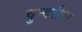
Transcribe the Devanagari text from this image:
चुन्दरीगर